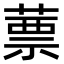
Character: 蔈